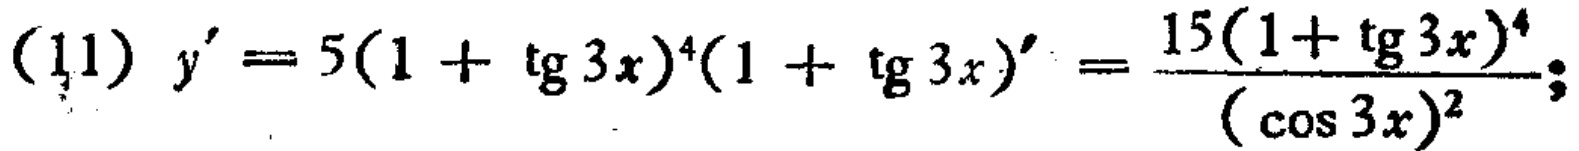
(11) \(y' = 5(1 + \mathrm{tg}3x)^{4}(1 + \mathrm{tg}3x)'=\frac{15(1 + \mathrm{tg}3x)^{4}}{(\cos3x)^{2}};\)